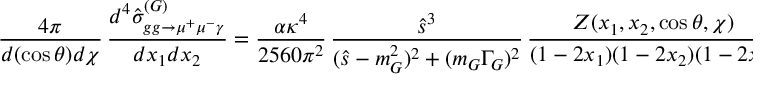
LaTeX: \frac { 4 \pi } { d ( \cos \theta ) d \chi } \, \frac { d ^ { 4 } \hat { \sigma } _ { g g \to \mu ^ { + } \mu ^ { - } \gamma } ^ { ( G ) } } { d x _ { 1 } d x _ { 2 } } = \frac { \alpha \kappa ^ { 4 } } { 2 5 6 0 \pi ^ { 2 } } \, \frac { \hat { s } ^ { 3 } } { ( \hat { s } - m _ { G } ^ { 2 } ) ^ { 2 } + ( m _ { G } \Gamma _ { G } ) ^ { 2 } } \, \frac { Z ( x _ { 1 } , x _ { 2 } , \cos \theta , \chi ) } { ( 1 - 2 x _ { 1 } ) ( 1 - 2 x _ { 2 } ) ( 1 - 2 x _ { 3 } ) } ,